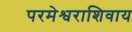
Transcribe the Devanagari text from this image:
परमेश्वराशिवाय